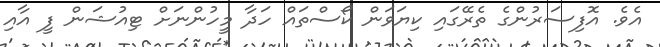
އެވެ. އޮފިސަރުންގެ ތެރޭގައި ކިޔަވަން ކޯސްތައް ހަދާ މީހުންނަށް ޓިއުޝަން ފީ އާއި